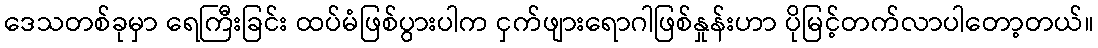
ဒေသတစ်ခုမှာ ရေကြီးခြင်း ထပ်မံဖြစ်ပွားပါက ငှက်ဖျားရောဂါဖြစ်နှုန်းဟာ ပိုမြင့်တက်လာပါတော့တယ်။